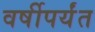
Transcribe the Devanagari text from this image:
वर्षीपर्यंत